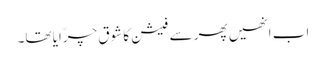
اب انھیں پھر سے فیشن کا شوق چرّایا تھا۔